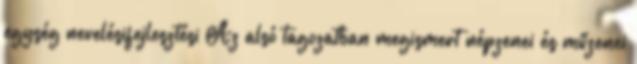
egység nevelésifejlesztési Az alsó tagozatban megismert népzenei és műzenei